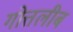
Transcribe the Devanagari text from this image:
गोत्तलीब